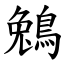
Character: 鵵